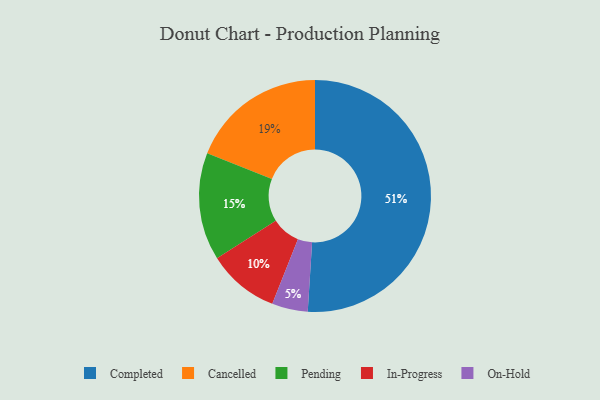
{"axis": {"x": "Category", "y": "Percentage"}, "legend": ["Cancelled", "Completed", "In-Progress", "On-Hold", "Pending"], "data": [{"x": "Pending", "y": 15, "type": "Pending"}, {"x": "In-Progress", "y": 10, "type": "In-Progress"}, {"x": "Cancelled", "y": 19, "type": "Cancelled"}, {"x": "Completed", "y": 51, "type": "Completed"}, {"x": "On-Hold", "y": 5, "type": "On-Hold"}]}